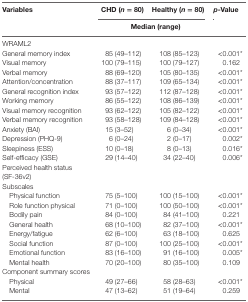
<table><thead><tr><td><b>Variables</b></td><td><b>CHD (<i>n</i> = 80)</b></td><td><b>Healthy (<i>n</i> = 80)</b></td><td><b><i>p</i>-Value</b></td></tr><tr><td></td><td colspan="2"><b>Median (range)</b></td><td></td></tr></thead><tbody><tr><td>WRAML2</td><td></td><td></td><td></td></tr><tr><td>General memory index</td><td>85 (49–112)</td><td>108 (85–123)</td><td>&lt;0.001*</td></tr><tr><td>Visual memory</td><td>100 (79–115)</td><td>100 (79–127)</td><td>0.162</td></tr><tr><td>Verbal memory</td><td>88 (69–120)</td><td>105 (80–135)</td><td>&lt;0.001*</td></tr><tr><td>Attention/concentration</td><td>88 (37–117)</td><td>109 (65–134)</td><td>&lt;0.001*</td></tr><tr><td>General recognition index</td><td>93 (57–122)</td><td>112 (87–128)</td><td>&lt;0.001*</td></tr><tr><td>Working memory</td><td>86 (55–122)</td><td>108 (86–139)</td><td>&lt;0.001*</td></tr><tr><td>Visual memory recognition</td><td>93 (62–122)</td><td>105 (82–122)</td><td>&lt;0.001*</td></tr><tr><td>Verbal memory recognition</td><td>93 (58–128)</td><td>109 (84–128)</td><td>&lt;0.001*</td></tr><tr><td>Anxiety (BAI)</td><td>15 (3–52)</td><td>6 (0–34)</td><td>&lt;0.001*</td></tr><tr><td>Depression (PHQ-9)</td><td>6 (0–24)</td><td>2 (0–17)</td><td>0.002*</td></tr><tr><td>Sleepiness (ESS)</td><td>10 (0–18)</td><td>8 (0–13)</td><td>0.016*</td></tr><tr><td>Self-efficacy (GSE)</td><td>29 (14–40)</td><td>34 (22–40)</td><td>0.006*</td></tr><tr><td>Perceived health status (SF-36v2)</td><td></td><td></td><td></td></tr><tr><td>Subscales</td><td></td><td></td><td></td></tr><tr><td> Physical function</td><td>75 (5–100)</td><td>100 (15–100)</td><td>&lt;0.001*</td></tr><tr><td> Role function physical</td><td>71 (0–100)</td><td>100 (50–100)</td><td>&lt;0.001*</td></tr><tr><td> Bodily pain</td><td>84 (0–100)</td><td>84 (41–100)</td><td>0.221</td></tr><tr><td> General health</td><td>68 (10–100)</td><td>82 (37–100)</td><td>&lt;0.001*</td></tr><tr><td> Energy/fatigue</td><td>62 (6–100)</td><td>63 (18–100)</td><td>0.625</td></tr><tr><td> Social function</td><td>87 (0–100)</td><td>100 (25–100)</td><td>&lt;0.001*</td></tr><tr><td> Emotional function</td><td>83 (16–100)</td><td>91 (16–100)</td><td>0.005*</td></tr><tr><td> Mental health</td><td>70 (20–100)</td><td>80 (35–100)</td><td>0.109</td></tr><tr><td>Component summary scores</td><td></td><td></td><td></td></tr><tr><td> Physical</td><td>49 (27–66)</td><td>58 (28–63)</td><td>&lt;0.001*</td></tr><tr><td> Mental</td><td>47 (13–62)</td><td>51 (19–64)</td><td>0.259</td></tr></tbody></table>